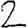
Digit: 2